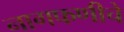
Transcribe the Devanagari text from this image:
नागफणीचे